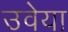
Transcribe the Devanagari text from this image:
उवेया